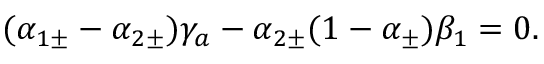
( \alpha _ { 1 \pm } - \alpha _ { 2 \pm } ) \gamma _ { a } - \alpha _ { 2 \pm } ( 1 - \alpha _ { \pm } ) \beta _ { 1 } = 0 .